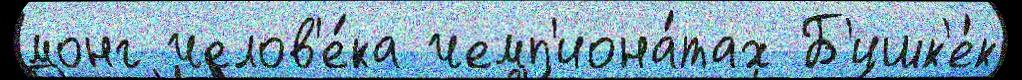
монг челов'е́ка чемп'иона́тах Б'ишк'е́к